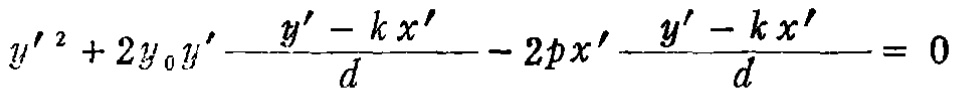
\(y'^{2}+2y_{0}y'-\frac{y' - kx'}{d}-2px'\frac{y' - kx'}{d}=0\)